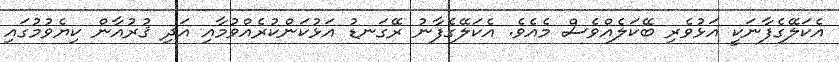
އެކަލޭގެފާނަކީ އަޅުވެރި ބޭކަލެއްވެސް މެއެވެ. އެކަލޭގެފާނު ރޭގަނޑު އަޅުކަންކުރެއްވުމާއި އަދި ޤުރުއާން ކިޔެވުމުގައި